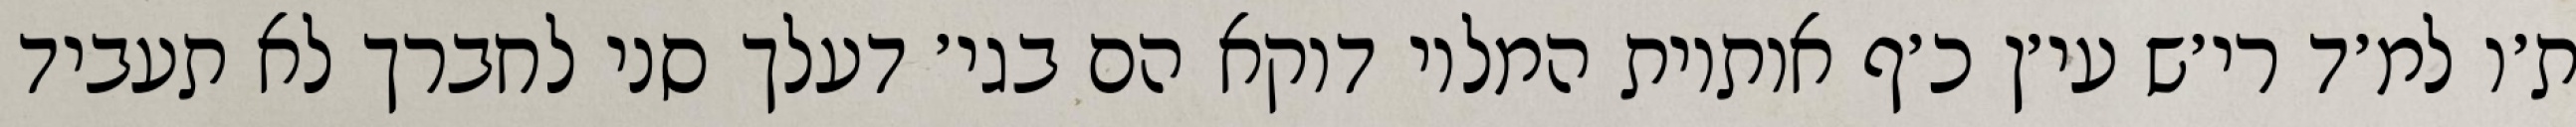
ת׳ו למ׳ד רי׳ש עי׳ן כ׳ף אותיות המלוי דוקא הם בגי׳ דעלך סני לחברך לא תעביד